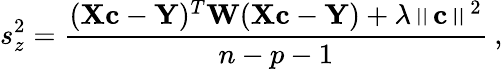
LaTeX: s_{z}^{2}=\frac{(\textbf{X}\textbf{c}-\textbf{Y})^{T}\textbf{W}(\textbf{X}\textbf{c}-\textbf{Y})+\lambda\left\| \textbf{c}\right\| ^{2}}{n-p-1}\: ,